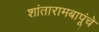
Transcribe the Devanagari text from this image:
शांतारामबापूंचे